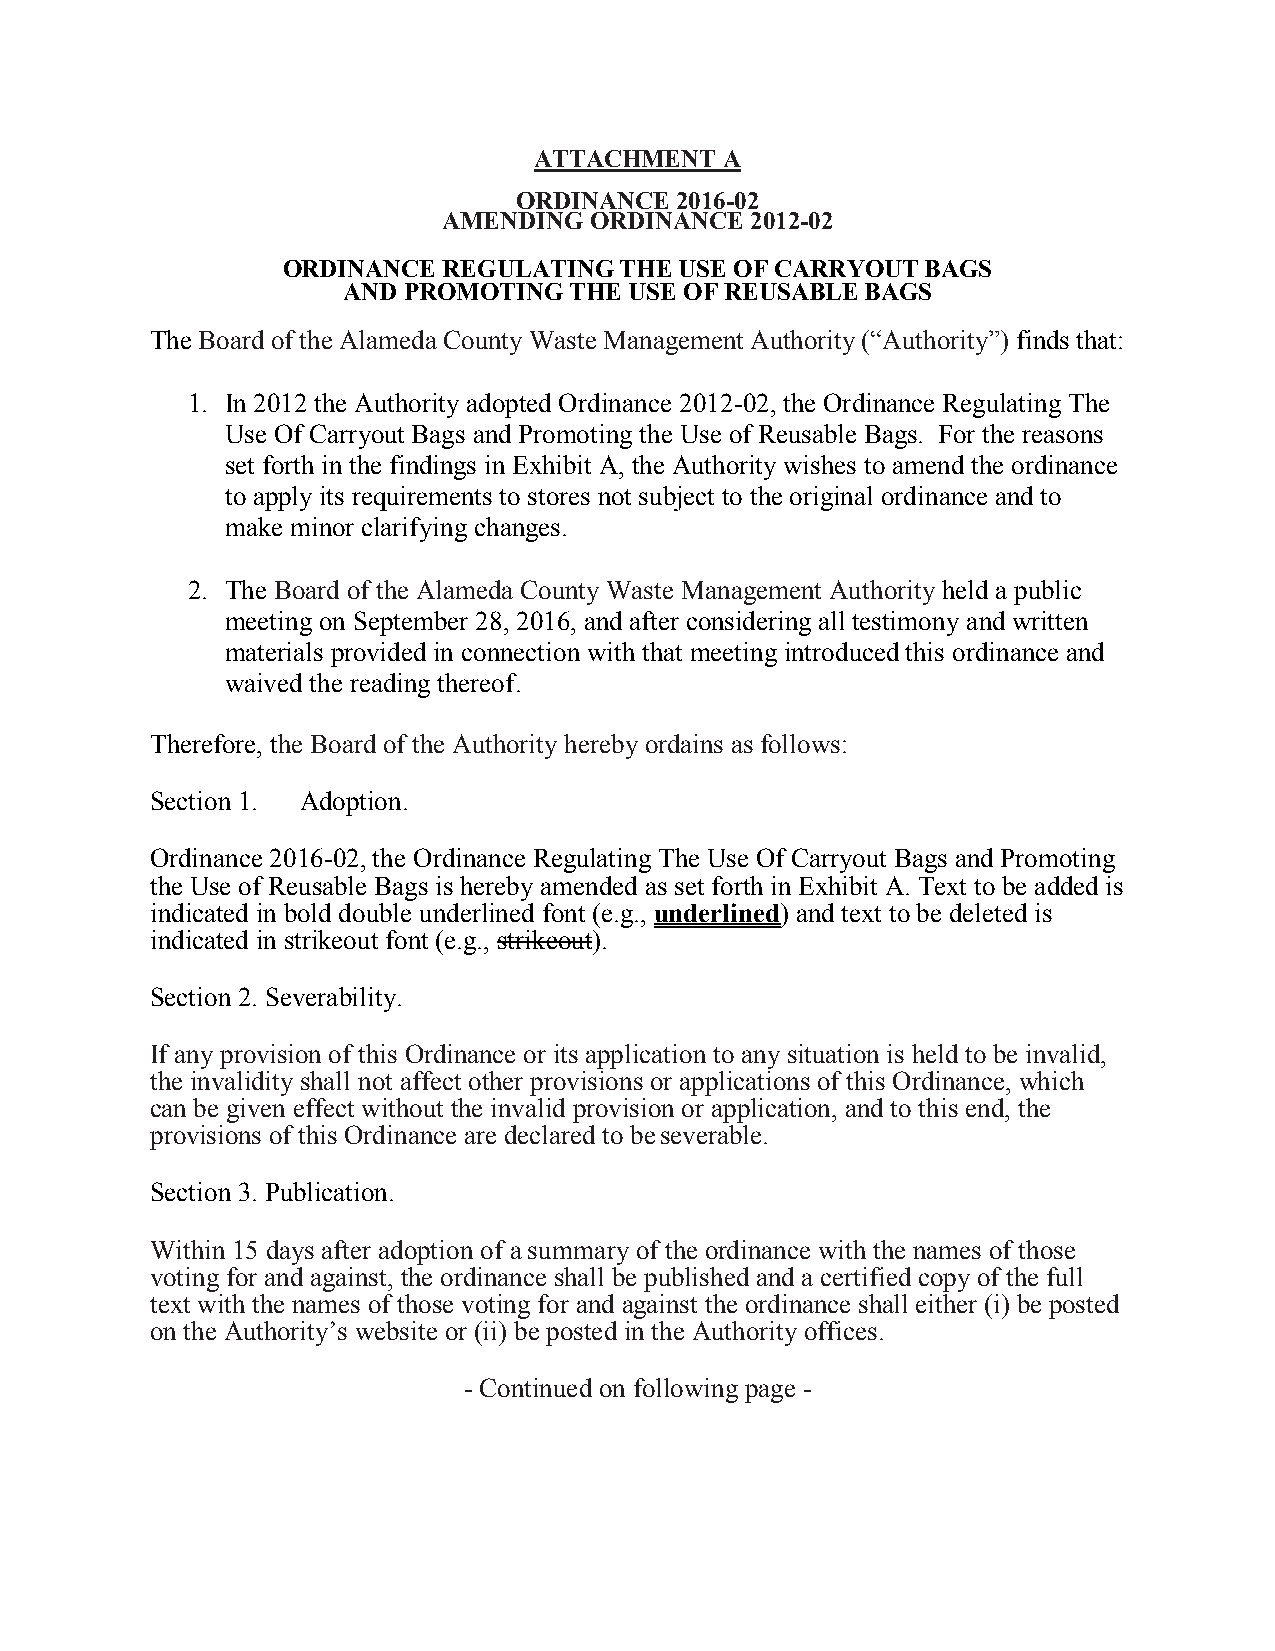
ATTACHMENT   A
 ORDINANCE  2016-02
 AMENDING  ORDINANCE  2012-02
 ORDINANCE REGULATING  THE USE OF CARRYOUT BAGS
 AND PROMOTING  THE USE OF REUSABLE BAGS
 The Board of the Alameda County Waste Management Authority (“Authority”) finds that:
 1. In 2012 the Authority adopted Ordinance 2012-02, the Ordinance Regulating The
 Use Of Carryout Bags and Promoting the Use of Reusable Bags. For the reasons
 set forth in the findings in Exhibit A, the Authority wishes to amend the ordinance
 to apply its requirements to stores not subject to the original ordinance and to
 make minor clarifying changes.
 2. The Board of the Alameda County Waste Management Authority held a public
 meeting on September 28, 2016, and after considering all testimony and written
 materials provided in connection with that meeting introduced this ordinance and
 waived the reading thereof.
 Therefore, the Board of the Authority hereby ordains as follows:
 Section 1. Adoption.
 Ordinance 2016-02, the Ordinance Regulating The Use Of Carryout Bags and Promoting
 the Use of Reusable Bags is hereby amended as set forth in Exhibit A. Text to be added is
 indicated in bold double underlined font (e.g., underlined) and text to be deleted is
 indicated in strikeout font (e.g., strikeout).
 Section 2. Severability.
 If any provision of this Ordinance or its application to any situation is held to be invalid,
 the invalidity shall not affect other provisions or applications of this Ordinance, which
 can be given effect without the invalid provision or application, and to this end, the
 provisions of this Ordinance are declared to be severable.
 Section 3. Publication.
 Within 15 days after adoption of a summary of the ordinance with the names of those
 voting for and against, the ordinance shall be published and a certified copy of the full
 text with the names of those voting for and against the ordinance shall either (i) be posted
 on the Authority’s website or (ii) be posted in the Authority offices.
 - Continued on following page -